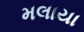
મલાયા